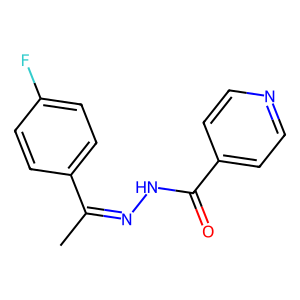
SMILES: CC(=NNC(=O)c1ccncc1)c1ccc(F)cc1
Inhibits HIV replication: No